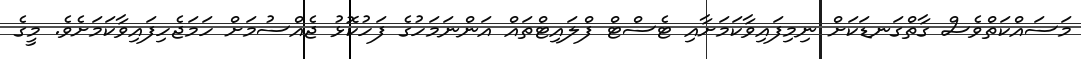
މަސައްކަތްވެސް ގާތްގަނޑަކަށް ނިމިފައިވާކަމަށާއި ޓެސްޓް ފްލައިޓްތައް އަންނަމަހުގެ ފަހުކޮޅު ޖެއްސުމަށް ހަމަޖެހިފައިވާކަމަށެވެ. މީގެ